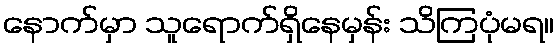
နောက်မှာ သူရောက်ရှိနေမှန်း သိကြပုံမရ။